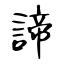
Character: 諦